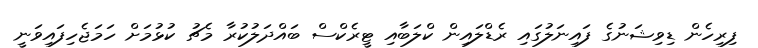
ފިރިހެން ޑިވިޝަނުގެ ފައިނަލުގައި ރެޑްލައިން ކްލަބާއި ޓީރެކްސް ބައްދަލުކުރާ މެޗު ކުޅުމަށް ހަމަޖެހިފައިވަނީ